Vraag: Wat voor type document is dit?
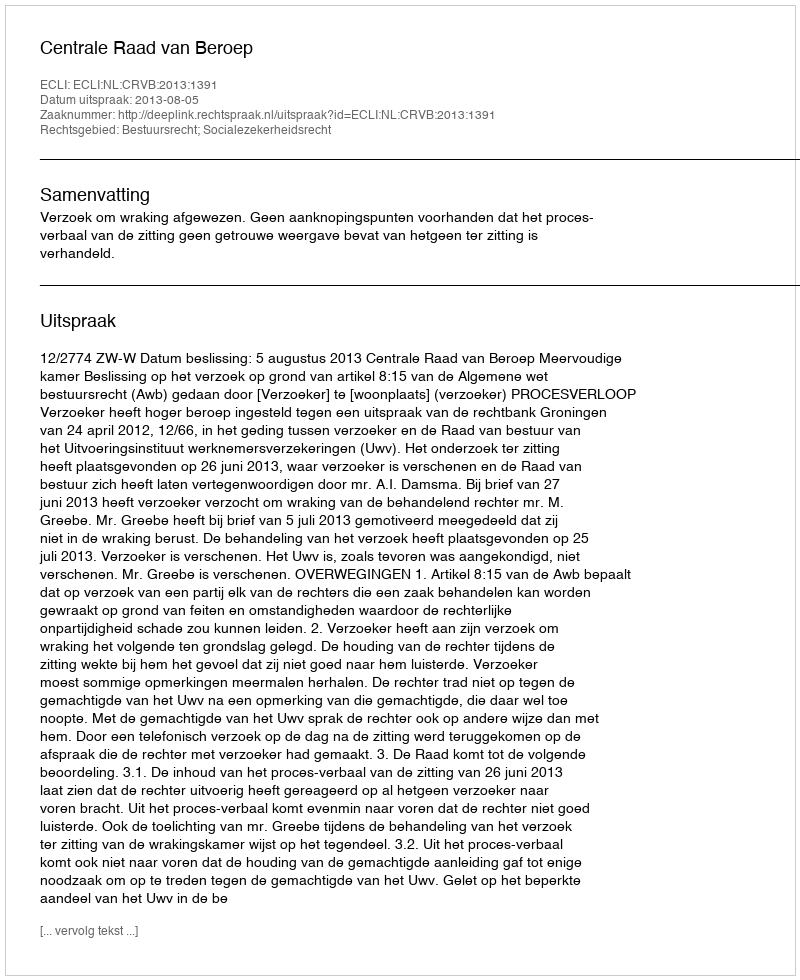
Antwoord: Uitspraak